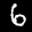
Label: 6